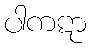
ပါကဋာ